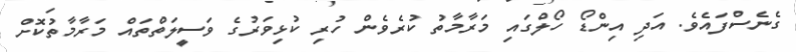
ގެނެސްފައެވެ. އަދި އިންޑޯ ހޯލްގައި މަރާމާތު ކުރެވެން ހުރި ކުޅިވަރުގެ ވަސީލަތްތައް މަރާމާތުކޮށް